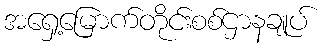
အရှေ့မြောက်တိုင်းစစ်ဌာနချုပ်